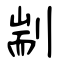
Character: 剬